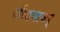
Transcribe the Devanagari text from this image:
जीवनावर्